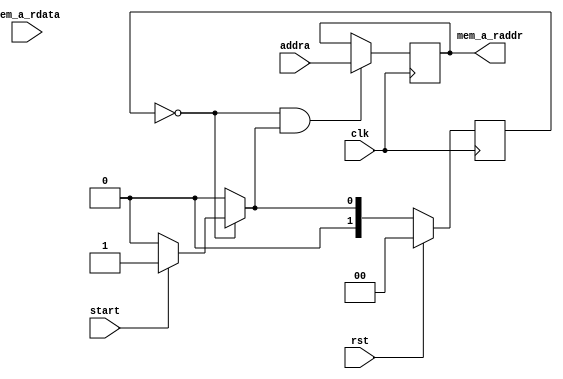
module rdtop (
  input clk,    // Clock
  input rst,  // Synchronous reset active high
  input [31:0] addra,
  input start,

  output [31:0] mem_a_raddr,
  input  [7:0] mem_a_rdata);

`define IDLE 2'd0
`define SEND_READ 2'd1

reg [1:0] state;
reg [1:0] next_state;

reg [31:0] raddra_buf;
reg [ 7:0] rdataa_buf;

always @(*) begin
  next_state = state;
  case(state)
    `IDLE: next_state = start ? `SEND_READ : `IDLE;
    `SEND_READ: next_state = `IDLE;
    default: next_state = `IDLE;
  endcase
end


always @(posedge clk) begin
  if(rst)
    state <= `IDLE;
  else begin
    state <= next_state;
  end
end


always @(posedge clk) begin
  if(state == `IDLE && next_state == `SEND_READ) begin
    raddra_buf <= addra;
  end
end

always @(posedge clk) begin
  if(state == `SEND_READ && next_state == `IDLE) begin
    rdataa_buf <= mem_a_rdata;
  end
end

assign mem_a_raddr = raddra_buf;

endmodule